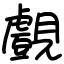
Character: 覻